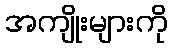
အကျိုးများကို